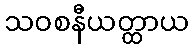
သဝစနီယတ္ထာယ